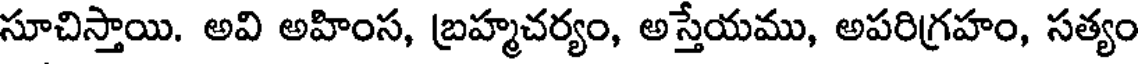
సూచిస్తాయి. అవి అహింస, బ్రహ్మచర్యం, అస్తేయము, అపరిగ్రహం, సత్యం